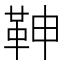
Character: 𩉼